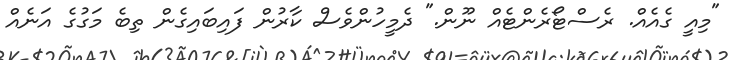
"މިއީ ގެއެއް. ރެސްޓޯރެންޓެއް ނޫން." ދެމީހުންވެސް ކާރުން ފައިބައިގެން ތިބެ މަގުގެ އަނެއް